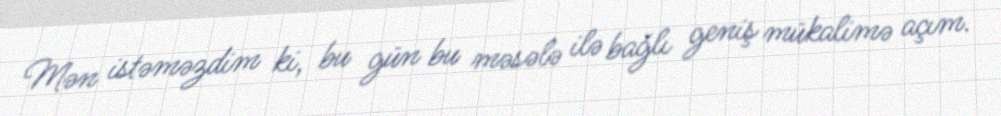
Mən istəməzdim ki, bu gün bu məsələ ilə bağlı geniş mükalimə açım.